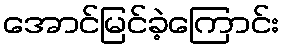
အောင်မြင်ခဲ့ကြောင်း